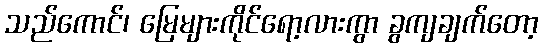
သည်ကောင်၊ မြေများကိုင်ရော့လားကွာ ခွကျချက်တော့